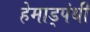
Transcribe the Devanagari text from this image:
हेमाड्पंथी